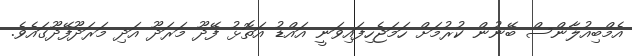
އެމްބިއުލާންސް ބޭނުން ކުރުމަށް ހަމަޖެހިފައިވަނީ އައްޑު އަތޮޅު ފޭދޫ މަރަދޫ އަދި މަރަދޫފޭދޫގައެވެ.